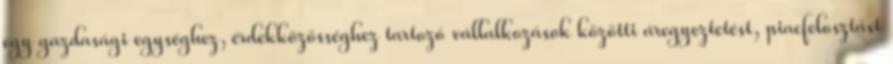
egy gazdasági egységhez, érdekközösséghez tartozó vállalkozások közötti áregyeztetést, piacfelosztást